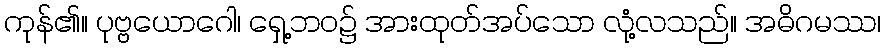
ကုန်၏။ ပုဗ္ဗယောဂေါ၊ ရှေ့ဘဝ၌ အားထုတ်အပ်သော လုံ့လသည်။ အဓိဂမဿ၊